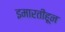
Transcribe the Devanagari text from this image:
इमारतीहून